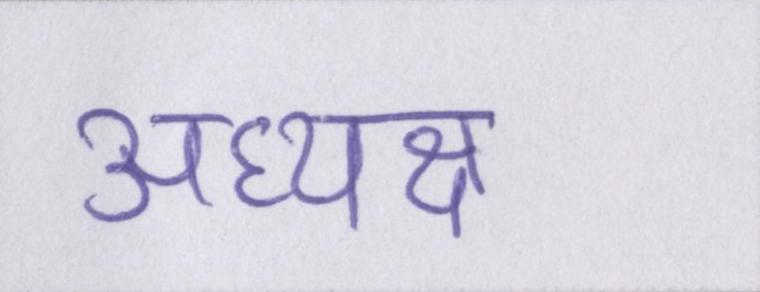
अध्यक्ष